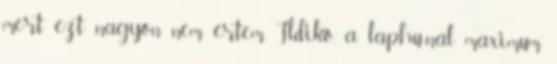
mert ezt nagyon nem értem. Ildikó, a lap.hu-nál maximum